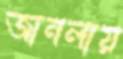
জানলায়